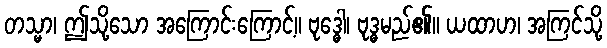
တသ္မာ၊ ဤသို့သော အကြောင်းကြောင့်။ ဗုဒ္ဓေါ၊ ဗုဒ္ဓမည်၏။ ယထာဟ၊ အကြင်သို့